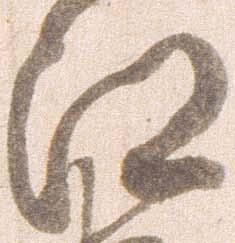
江